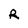
Character: R